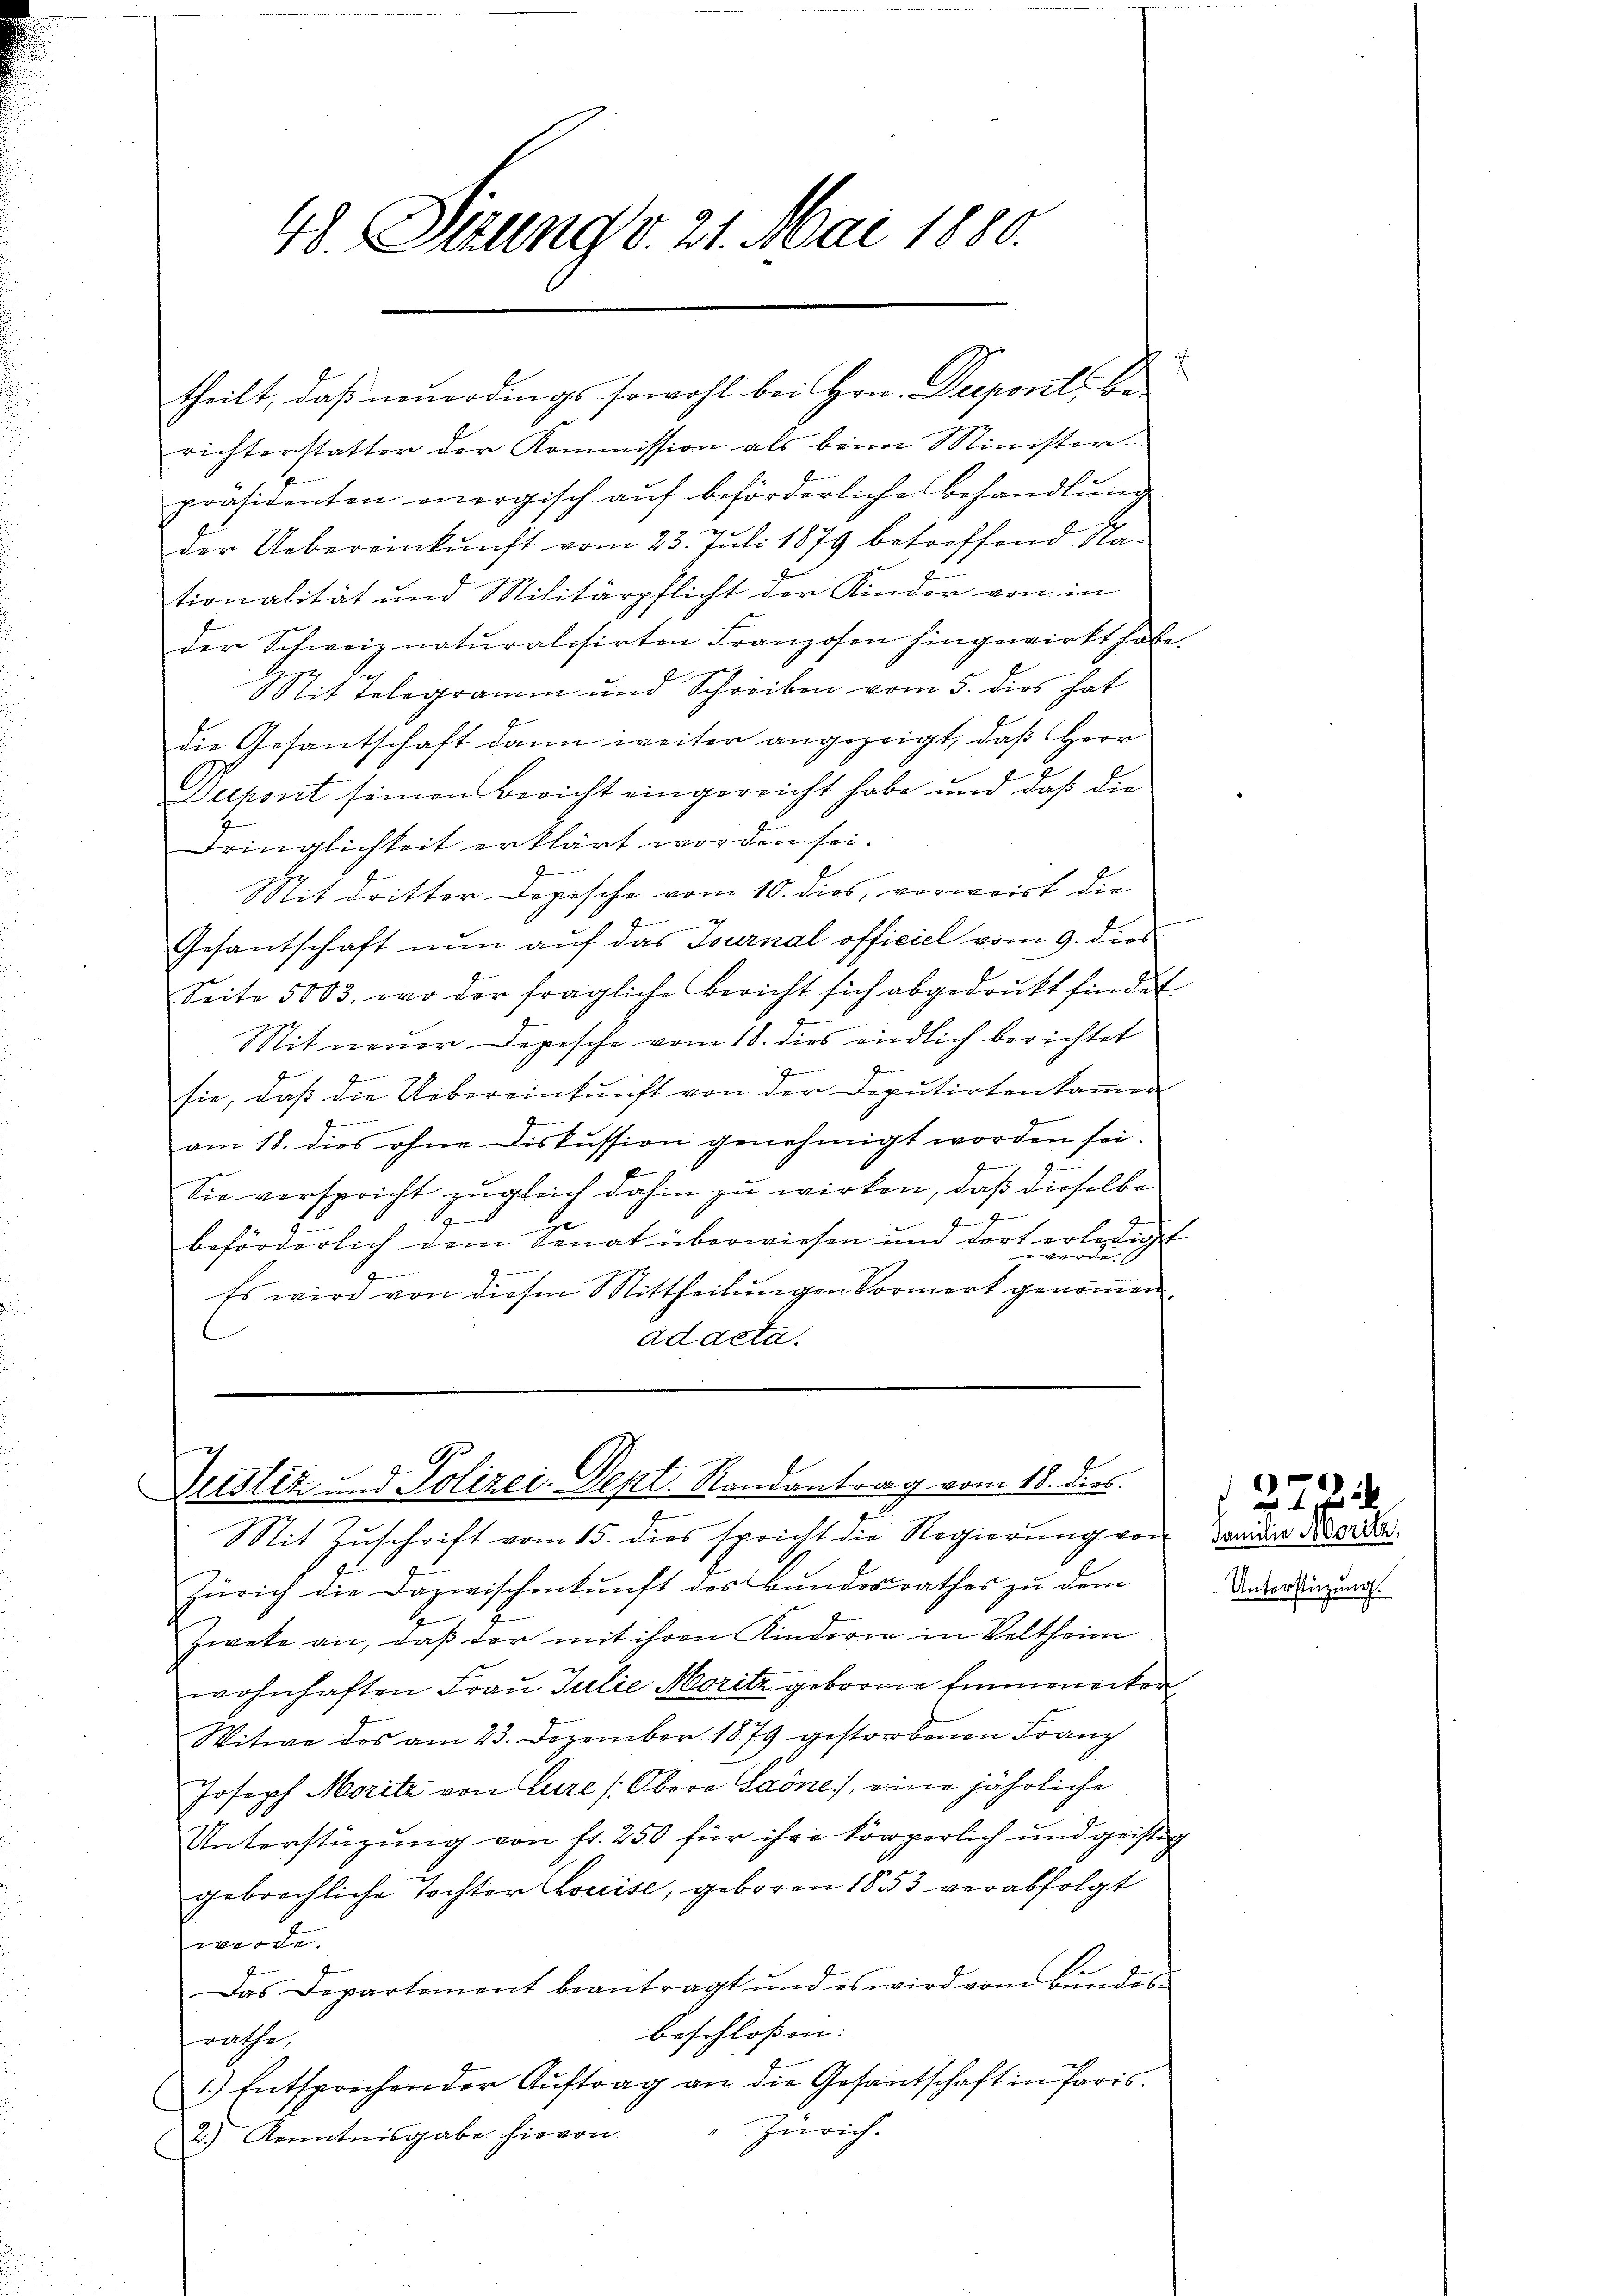
48. Sitzung d. 21. Mai 1880.

theilt, daß neuerdings sowohl bei Hrn. Despont, berichterstatter der Kommission als beim Ministerpräsidenten vergisch aŭf beförderliche Behandlŭng
der Uebereinkunft vom 23. Juli 1879 betreffend Nationalität und Militärpflicht der Kinder von in
der Schweiz naturalisirten Franzosen hingewirkt habe.
Mit Telegramm und Schreiben vom 5. dies hat
die Gesantschaft dann weiter angezeigt, daß Herr
Dupont seinen Bericht eingereicht habe und daß die
Dringlichkeit erklärt worden sei.
r
Mit dritter Depesche vom 10. dies, verweist die
e
2
Gesantschaft nun auf das Journal officiel vom 9. dies
Seite 5003, wo der fragliche Bericht sich abgedrukt findet
Mit neuer Depesche vom 18. dies endlich berichtet
b
sie, daß die Uebereinkunft von der Deputirten kamen
f
am 18. dies ohne Diskussion genehmigt worden sei.
2
1
Sie verspricht zugleich dahin zu wirken, daß dieselbe
G
f
i
beförderlich dem Senat überwiesen und dort erledigt
e
g
d
Es wird von diesen Mittheilungen Vormerk genommen.
ad acta.

Justiz und Polizei-Dept. Randantrag vom 18. dies

Mit Zuschrift vom 15. dies spricht die Regierung vor
Zürich die Dazwischenkunft des Bundesrathes zu dem
Zwete an, daß der mit ihren Kindern in Veltheim
wohnhaften Frau Julie Moritz geborene Emmeneiter
Witwe des am 23. Dezember 1879 gestorbenen Franz
Joseph Moritz von Eure (Obera Saone), eine jährliche
Unterstüzung von fr. 250 für ihre körperlich und geistig
gebrechliche Tochter Louise, geboren 1853 verabfolgt
werde.
Das Departement beantragt und es wird vom Bŭndes-
beschlossen: |
rathe
1.) Entsprechen der Auftrag an die Gesantschaft in Paris.
Zürich.
2.) Kenntnisgabe hievon

.

Familie Begritz.
Unterstüzung.

22